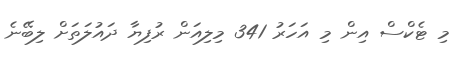
މި ޓެކްސް އިން މި އަހަރު 341 މިލިއަން ރުފިޔާ ދައުލަތަށް ލިބޭނެ